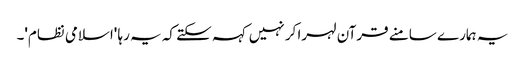
یہ ہمارے سامنے قرآن لہرا کر نہیں کہہ سکتے کہ یہ رہا 'اسلامی نظام'۔